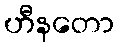
ဟီနတော